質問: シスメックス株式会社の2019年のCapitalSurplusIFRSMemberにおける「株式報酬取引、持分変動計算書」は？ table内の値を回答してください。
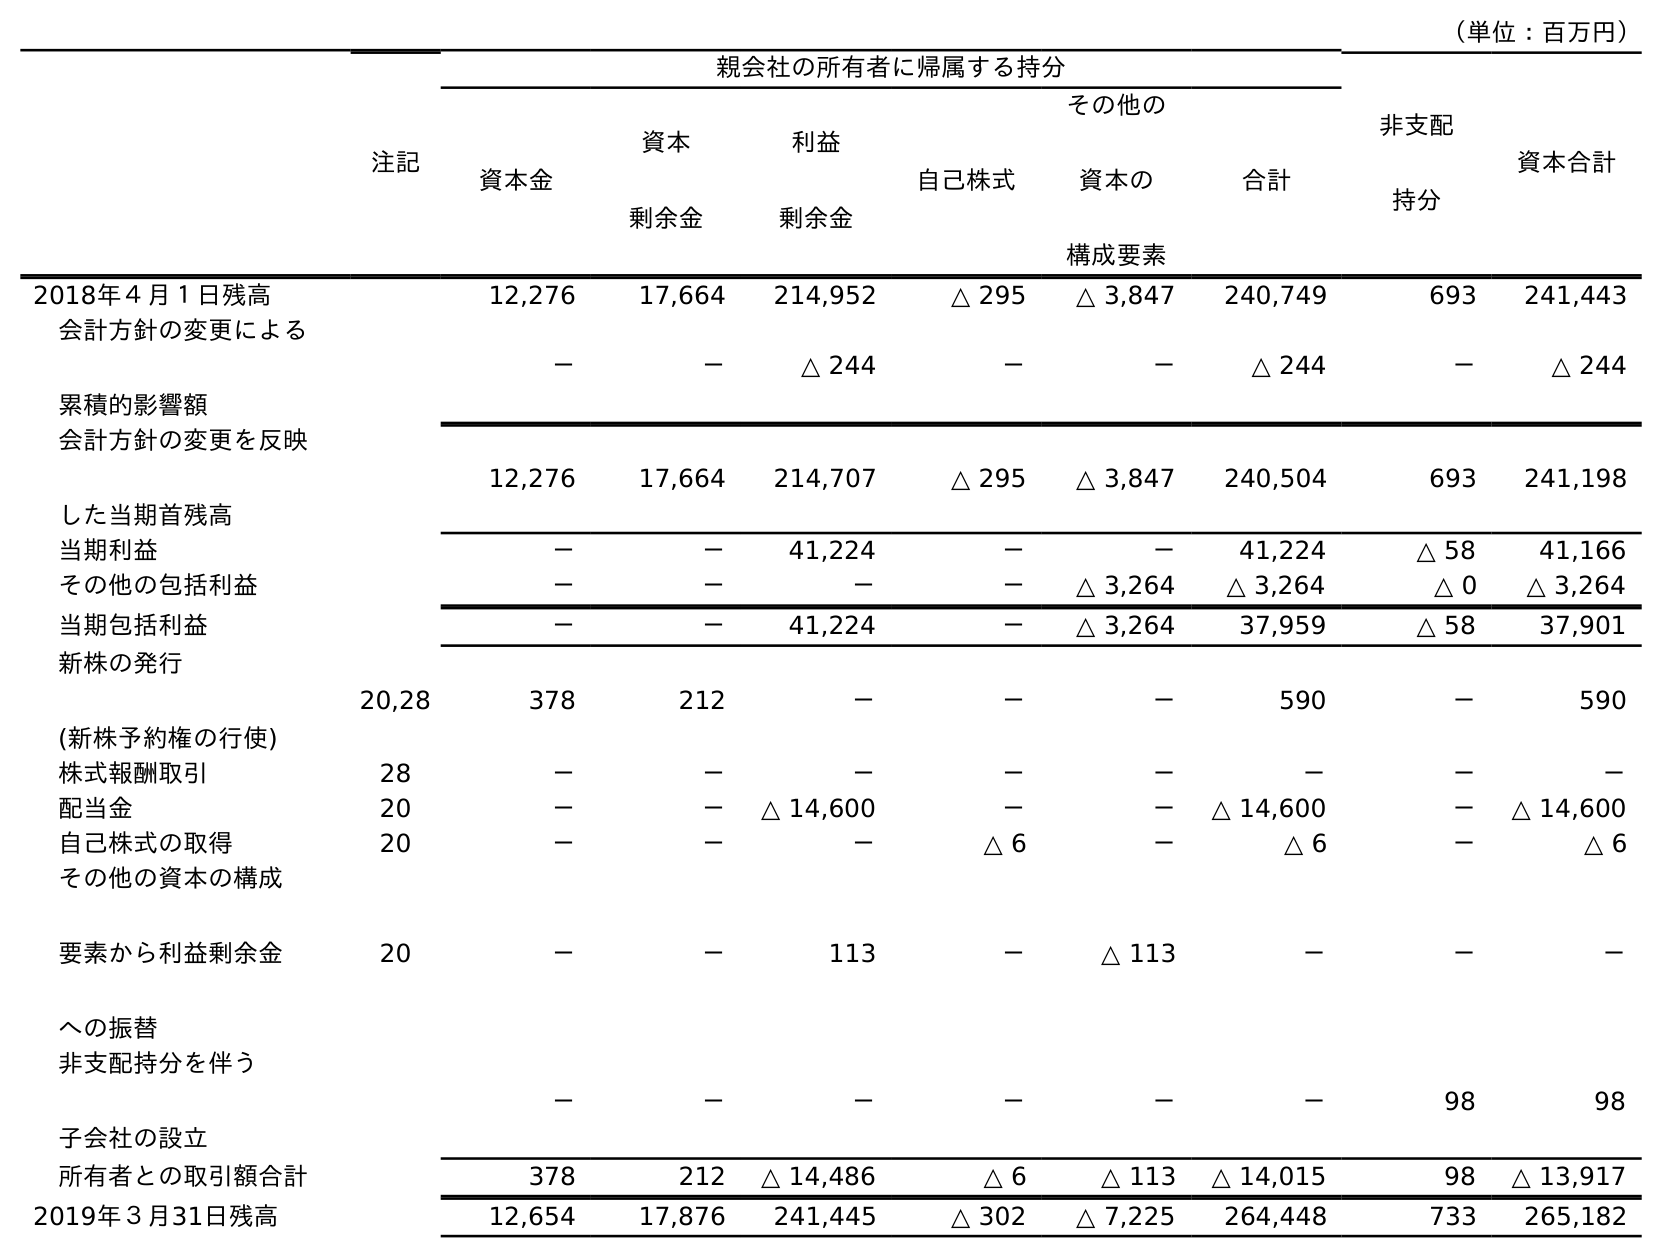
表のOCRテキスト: （単位：百万円） 注記 親会社の所有者に帰属する持分 非支配 持分 資本合計 資本金 資本 剰余金 利益 剰余金 自己株式 その他の 資本の 構成要素 合計 2018年４月１日残高 12,276 17,664 214,952 △ 295 △ 3,847 240,749 693 241,443 会計方針の変更による 累積的影響額 － － △ 244 － － △ 244 － △ 244 会計方針の変更を反映 した当期首残高 12,276 17,664 214,707 △ 295 △ 3,847 240,504 693 241,198 当期利益 － － 41,224 － － 41,224 △ 58 41,166 その他の包括利益 － － － － △ 3,264 △ 3,264 △ 0 △ 3,264 当期包括利益 － － 41,224 － △ 3,264 37,959 △ 58 37,901 新株の発行 (新株予約権の行使) 20,28 378 212 － － － 590 － 590 株式報酬取引 28 － － － － － － － － 配当金 20 － － △ 14,600 － － △ 14,600 － △ 14,600 自己株式の取得 20 － － － △ 6 － △ 6 － △ 6 その他の資本の構成 要素から利益剰余金 への振替 20 － － 113 － △ 113 － － － 非支配持分を伴う 子会社の設立 － － － － － － 98 98 所有者との取引額合計 378 212 △ 14,486 △ 6 △ 113 △ 14,015 98 △ 13,917 2019年３月31日残高 12,654 17,876 241,445 △ 302 △ 7,225 264,448 733 265,182
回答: －